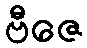
ဗီဇေ